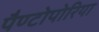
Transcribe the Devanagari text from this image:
पैण्टोपोरिया